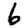
Digit: 6